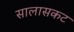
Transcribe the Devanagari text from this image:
सालासकट